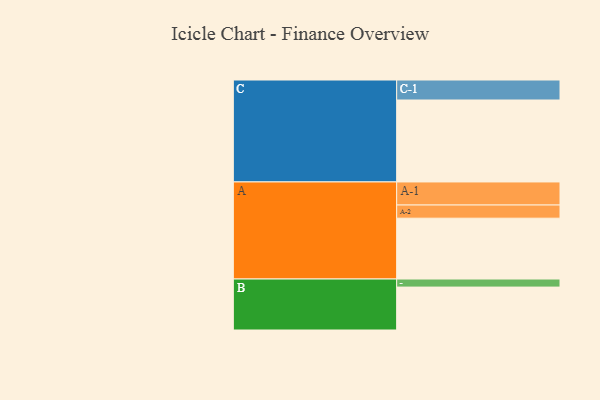
{"axis": {"x": "Segment", "y": "Value"}, "legend": ["", "A", "B", "C"], "data": [{"x": "A", "y": 438, "type": ""}, {"x": "B", "y": 309, "type": ""}, {"x": "C", "y": 590, "type": ""}, {"x": "A-1", "y": 166, "type": "A"}, {"x": "A-2", "y": 95, "type": "A"}, {"x": "B-1", "y": 58, "type": "B"}, {"x": "C-1", "y": 144, "type": "C"}]}